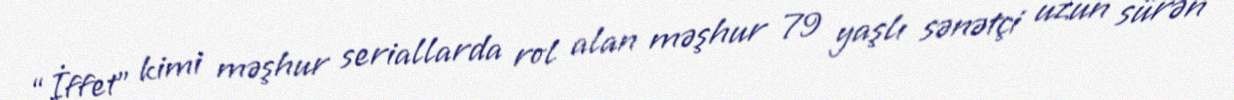
“İffet” kimi məşhur seriallarda rol alan məşhur 79 yaşlı sənətçi uzun sürən